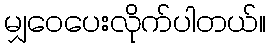
မျှ၀ေပေးလိုက်ပါတယ်။